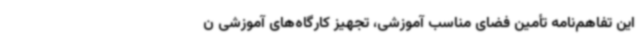
این تفاهم‌نامه تأمین فضای مناسب آموزشی، تجهیز کارگاه‌های آموزشی ن